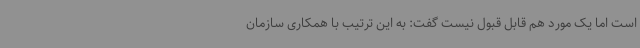
است اما یک مورد هم قابل قبول نیست گفت: به این ترتیب با همکاری سازمان